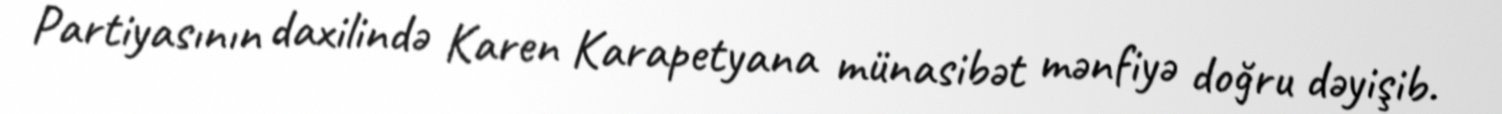
Partiyasının daxilində Karen Karapetyana münasibət mənfiyə doğru dəyişib.